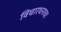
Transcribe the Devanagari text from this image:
विचारधनाचा